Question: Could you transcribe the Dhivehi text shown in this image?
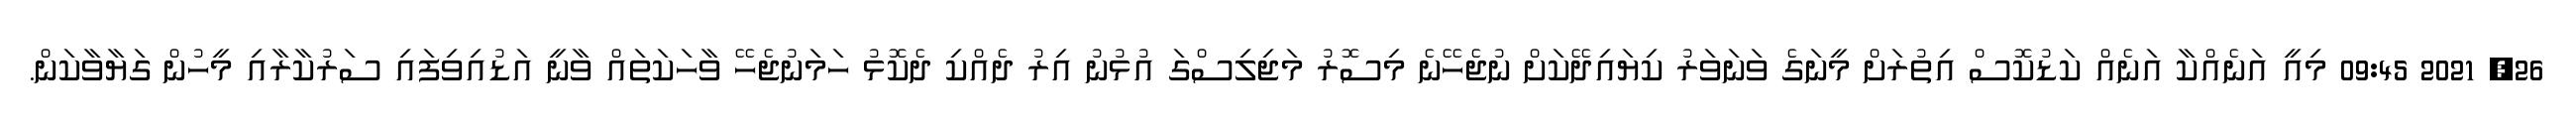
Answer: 26, 2021 09:45 މިއީ އަނެއްކާ އަނެއް ކަޑުކޮސް އިތުރަށް މީނަގެ ވަނަވަރު ކިޔައިދޭކަށް ނުޖެހޭނެ މިސޮރު މަޖިލިސްގަ އުޅުނު އިރު ދެއްކި ދެކޮޅު ހަމަނުޖެހޭ ވާހަކަތައް ވާނީ އަޑުއިވިފައި ސަރުކާރާއި މީހުން ގަޔާވާކަން.